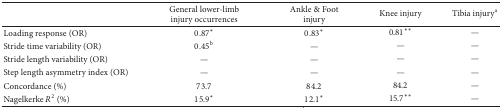
<table><thead><tr><td><b> </b></td><td><b>General lower-limb injury occurrences</b></td><td><b>Ankle &amp; Foot injury</b></td><td><b>Knee injury</b></td><td><b>Tibia injury<sup>a</sup></b></td></tr></thead><tbody><tr><td>Loading response (OR)</td><td>0.87<sup><i>∗</i></sup></td><td>0.83<sup><i>∗</i></sup></td><td>0.81<sup><i>∗∗</i></sup></td><td>—</td></tr><tr><td>Stride time variability (OR)</td><td>0.45<sup>b</sup></td><td>—</td><td>—</td><td>—</td></tr><tr><td>Stride length variability (OR)</td><td>—</td><td>—</td><td>—</td><td>—</td></tr><tr><td>Step length asymmetry index (OR)</td><td>—</td><td>—</td><td>—</td><td>—</td></tr><tr><td>Concordance (%)</td><td>73.7</td><td>84.2</td><td>84.2</td><td>—</td></tr><tr><td>Nagelkerke <i>R</i><sup>2</sup> (%)</td><td>15.9<sup><i>∗</i></sup></td><td>12.1<sup><i>∗</i></sup></td><td>15.7<sup><i>∗∗</i></sup></td><td>—</td></tr></tbody></table>